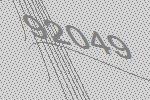
92049